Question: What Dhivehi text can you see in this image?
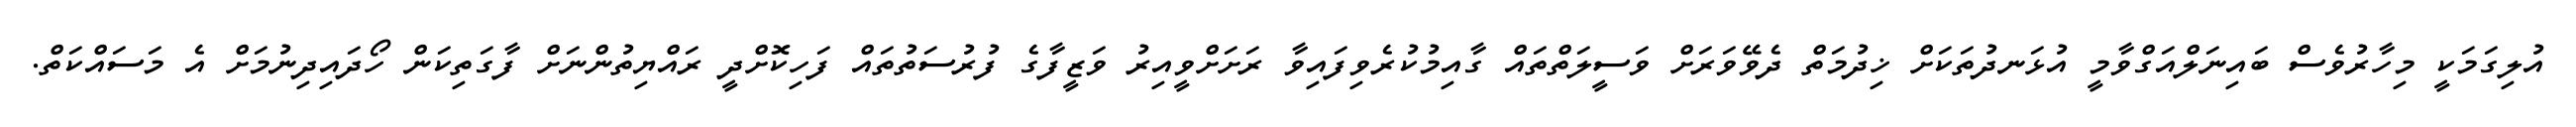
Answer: އުލިގަމަކީ މިހާރުވެސް ބައިނަލްއަގްވާމީ އުޅަނދުތަކަށް ޚިދުމަތް ދެވޭވަރަށް ވަސީލަތްތައް ގާއިމުކުރެވިފައިވާ ރަށަށްވީއިރު ވަޒީފާގެ ފުރުސަތުތައް ފަހިކޮށްދީ ރައްޔިތުންނަށް ފާގަތިކަން ހޯދައިދިނުމަށް އެ މަސައްކަތް.